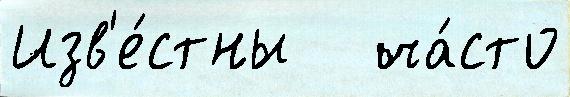
Изв'е́стны   ча́сто